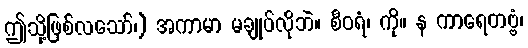
ဤသို့ဖြစ်လသော်၊) အကာမာ မချုပ်လိုဘဲ။ စီဝရံ၊ ကို။ န ကာရေတဗ္ဗံ၊